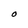
Character: O